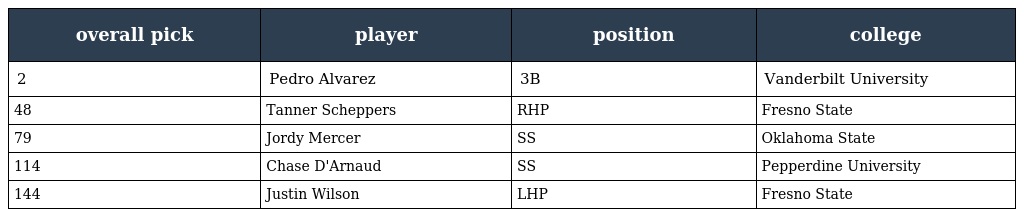
| overall pick | player | position | college |
 | --- | --- | --- | --- |
 | 2 | Pedro Alvarez | 3B | Vanderbilt University |
 | 48 | Tanner Scheppers | RHP | Fresno State |
 | 79 | Jordy Mercer | SS | Oklahoma State |
 | 114 | Chase D'Arnaud | SS | Pepperdine University |
 | 144 | Justin Wilson | LHP | Fresno State |